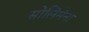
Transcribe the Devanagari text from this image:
सोलिमेना